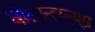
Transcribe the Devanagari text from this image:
वोलान्त्य्न्य्स